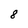
Character: 8